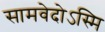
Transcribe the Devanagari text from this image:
सामवेदोऽस्मि